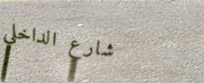
شارع الداخلي